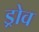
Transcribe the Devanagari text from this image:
ड्रोव